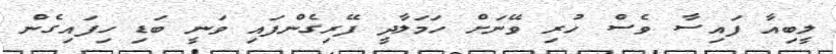
ލީބިއާ ފައިސާ ވެސް ހުރި ވޭނަށް ހަމަލާދީ ފޭރިގެންފައި ވަނީ ބަޑި ހިފައިގެން